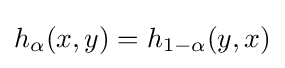
h_{\alpha }(x,y)=h_{1-\alpha }(y,x)